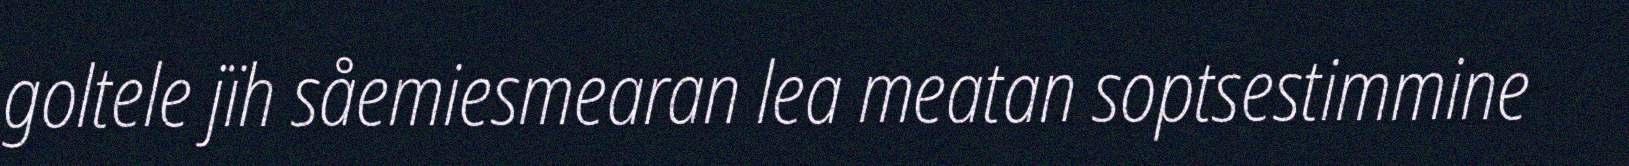
goltele jïh såemiesmearan lea meatan soptsestimmine